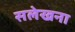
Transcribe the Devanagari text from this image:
सलेखना